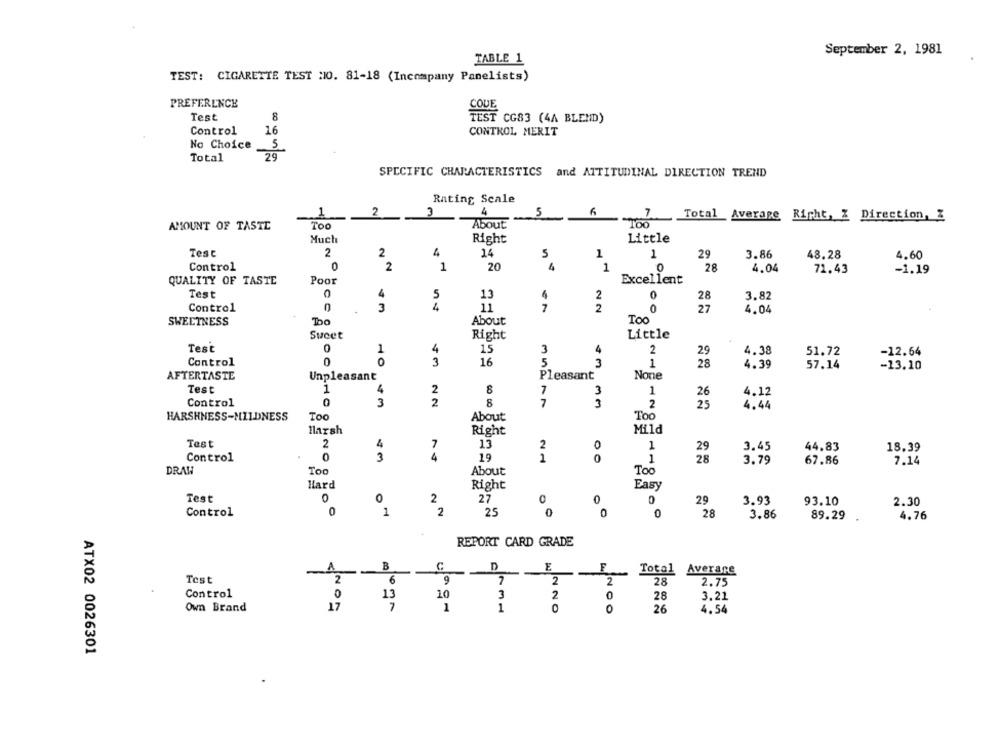
September 2, 1981
TABLE 1
TEST: CIGARETTE TEST N0. 81-18 (Incompany Panelists)
PREFERENCE
Test
8
TEST CG83 (4A BLEND)
Control
16
CONTROL MERIT
No Choice
Total
SPECIFIC CHARACTERISTICS and ATTITUDINAL DIRECTION TREND
Rating Scale
2
5
6
1
3
7
Total Average Right, Z Direction, Z
AMOUNT OF TASTE
Too
About
Much
Right
Little
Test
2
2
14
5
1
1
29
3.86
48.28
4.60
Control
0
2
1
20
4
1
0
28
4.04
71.43
-1.19
QUALITY OF TASTE
Poor
Excellent
Test
4
5
13
4
2
0
28
3.82
Control
C
3
4
7
2
0
27
11
4.04
SWEETNESS
Too
About
Too
Sweet
Right
Little
Test
1
4
15
3
2
29
4.38
51.72
-12.64
Control
0
5
3
16
3
1
28
4.39
57.14
-13.10
AFTERTASTE
Unpleasant
Pleasant
Test
1
4
2
8
7
3
1
4.12
26
Control
3
2
8
7
3
2
25
4.44
HARSHNESS-MILDNESS
Too
About
Too
larsh
Right
Mild
Test
4
7
13
2
0
1
3.45
44.83
18.39
Control
NO
3
4
19
1
0
1
28
3.79
67.86
7.14
DRAW
Too
About
Too
Hard
Right
Easy
Test
0
0
2
27
0
29
3.93
93.10
2.30
0
2
Control
1
25
0
0
28
3.86
89.29
4.76
REPORT CARD GRADE
A
B
C
D
E
F
Total Averare
Test
2
6
9
7
2
2
28
2.75
Control
0
10
13
3
2
C
28
3.21
Own Brand
17
7
1
1
26
0
4.54
ATX02 0026301